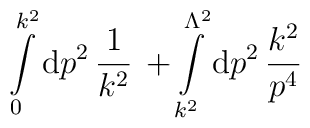
\int\limits_0^{k^2}{\rm d}p^2\,\frac{1}{k^2}\,+\int\limits_{k^2}^{\Lambda^2}{\rm d}p^2\,\frac{k^2}{p^4}